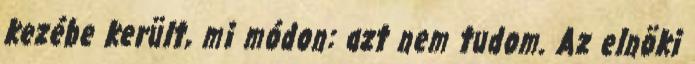
kezébe került, mi módon: azt nem tudom. Az elnöki